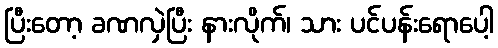
ပြီးတော့ ခဏလှဲပြီး နားလိုက်၊ သား ပင်ပန်းရောပေါ့